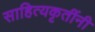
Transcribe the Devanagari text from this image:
साहित्यकृतींनी